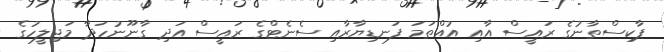
ޕާކިސްތާނުގެ ރައީސް އާއި އުއްތަމަ ފަނޑިޔާރާއި ސެނެޓްގެ ރައީސް އަދި ގާނޫނުހަދާ މަޖިލީހުގެ